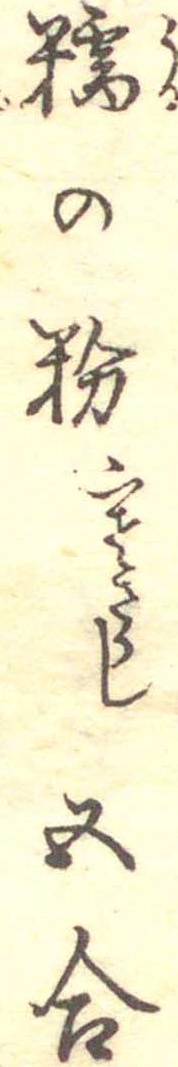
糯の粉寒さらし五合